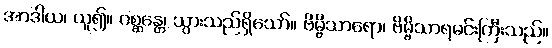
အာဒါယ၊ ယူ၍။ ဂစ္ဆန္တေ၊ သွားသည်ရှိသော်။ ဗိမ္ဗိသာရော၊ ဗိမ္ဗိသာရမင်းကြီးသည်။